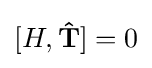
[H,\mathbf {\hat {T}} ]=0